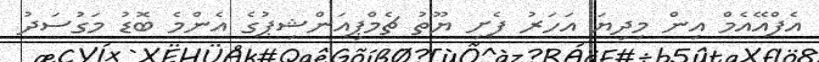
އެފްއޭއެމް އިން މިދިޔަ އަހަރު ފެށި ޔޫތު ޗެމްޕިއަންޝިޕުގެ އެންމެ ބޮޑު މަގުސަދު